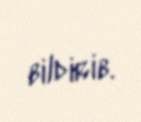
bildirib.